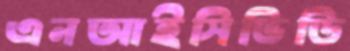
এনআইসিভিডি